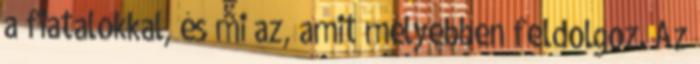
a fiatalokkal, és mi az, amit mélyebben feldolgoz. Az